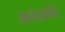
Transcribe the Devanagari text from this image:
आनंदप्राप्ति